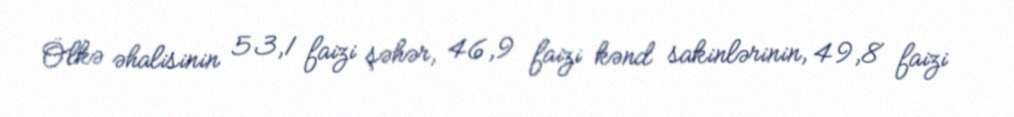
Ölkə əhalisinin 53,1 faizi şəhər, 46,9 faizi kənd sakinlərinin, 49,8 faizi